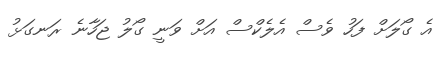
އެ ގޯލަށް ފަހު ވެސް އެލެކްސް އަށް ވަނީ ގޯލު ޖަހާނެ ރަނގަޅު